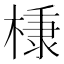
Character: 𭫗